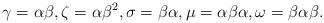
LaTeX: \begin{align*}\gamma = \alpha \beta, \zeta = \alpha \beta^2, \sigma = \beta \alpha, \mu = \alpha \beta \alpha, \omega = \beta \alpha \beta.\end{align*}